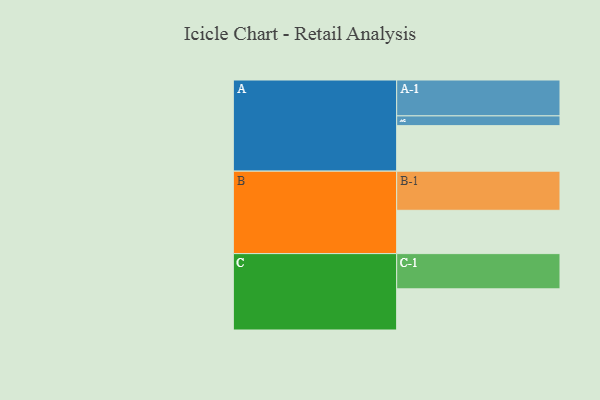
{"axis": {"x": "Segment", "y": "Value"}, "legend": ["", "A", "B", "C"], "data": [{"x": "A", "y": 336, "type": ""}, {"x": "B", "y": 320, "type": ""}, {"x": "C", "y": 304, "type": ""}, {"x": "A-1", "y": 265, "type": "A"}, {"x": "A-2", "y": 72, "type": "A"}, {"x": "B-1", "y": 289, "type": "B"}, {"x": "C-1", "y": 260, "type": "C"}]}